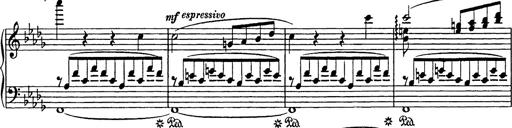
Title: Consolations
Composer: Franz Liszt